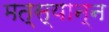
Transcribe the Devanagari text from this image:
मत्स्यान्न